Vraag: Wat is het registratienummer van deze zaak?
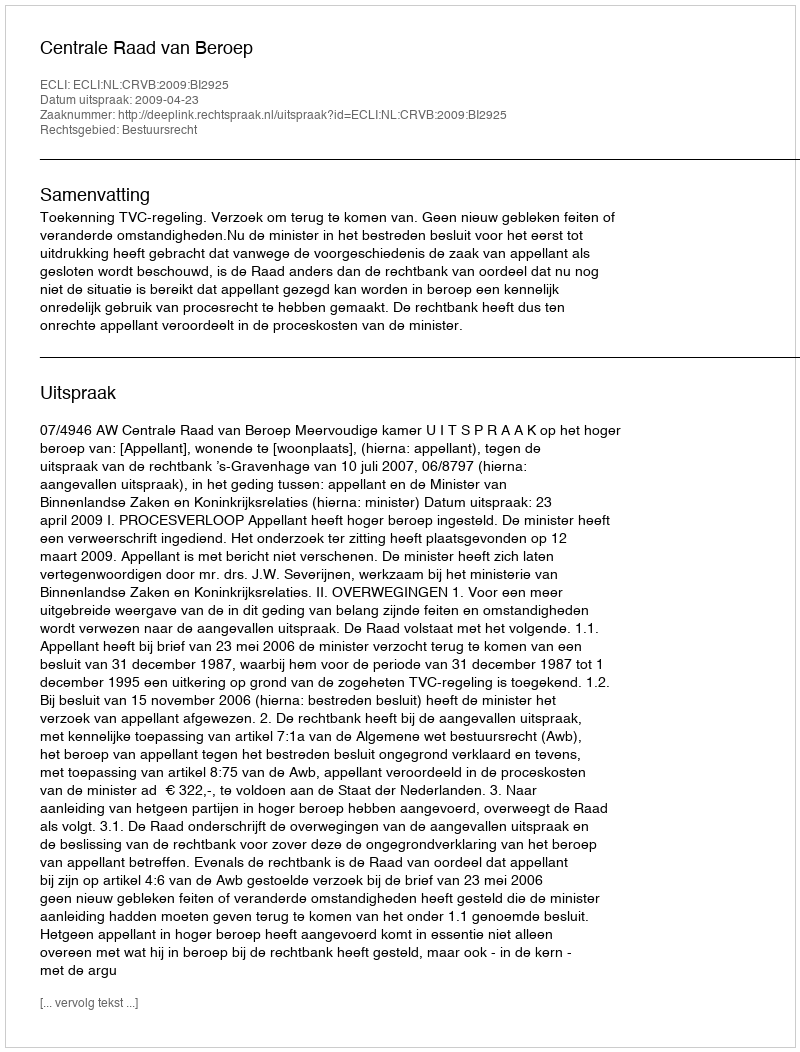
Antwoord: http://deeplink.rechtspraak.nl/uitspraak?id=ECLI:NL:CRVB:2009:BI2925